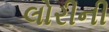
લોરીની